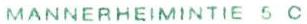
MANNERHEIMINTIE 5 C